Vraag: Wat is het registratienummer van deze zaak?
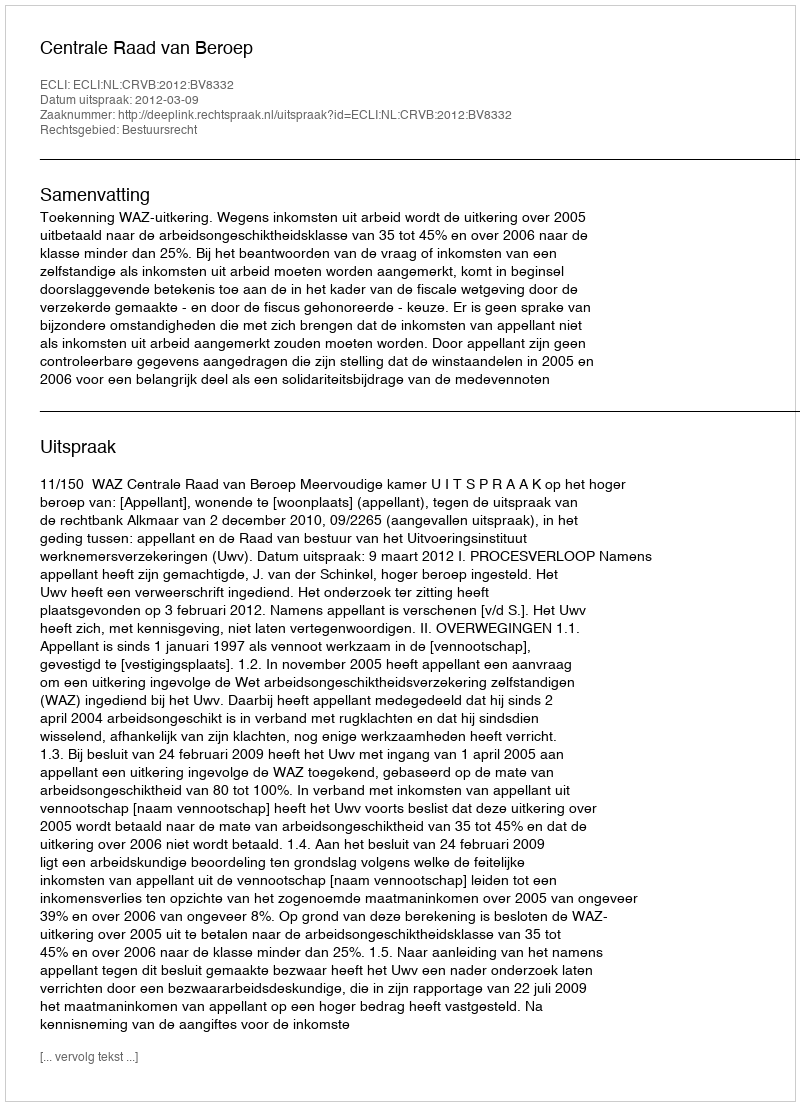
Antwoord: http://deeplink.rechtspraak.nl/uitspraak?id=ECLI:NL:CRVB:2012:BV8332